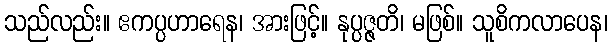
သည်လည်း။ ဧကပ္ပဟာရေန၊ အားဖြင့်။ နုပ္ပဇ္ဇတိ၊ မဖြစ်။ သူစိကလာပေန၊